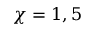
\chi = 1 , 5